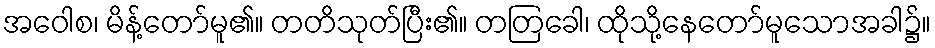
အဝေါစ၊ မိန့်တော်မူ၏။ တတိသုတ်ပြီး၏။ တတြခေါ၊ ထိုသို့နေတော်မူသောအခါ၌။